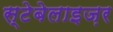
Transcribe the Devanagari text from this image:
स्टेबेलाइज़र